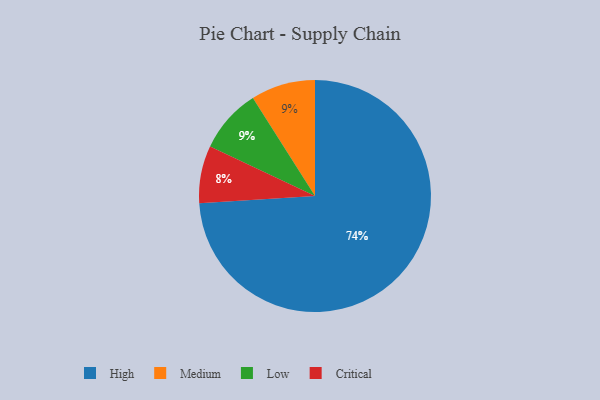
{"axis": {"x": "Category", "y": "Percentage"}, "legend": ["Critical", "High", "Low", "Medium"], "data": [{"x": "Medium", "y": 9, "type": "Medium"}, {"x": "Low", "y": 9, "type": "Low"}, {"x": "Critical", "y": 8, "type": "Critical"}, {"x": "High", "y": 74, "type": "High"}]}